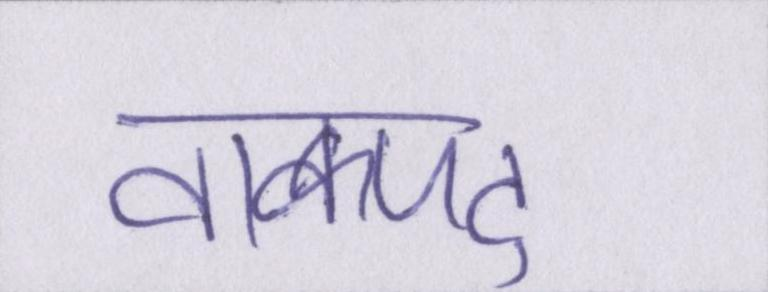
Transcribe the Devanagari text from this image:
वाक्पटु